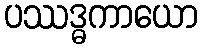
ပဿဒ္ဓကာယော